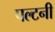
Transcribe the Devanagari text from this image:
पल्टनी